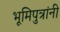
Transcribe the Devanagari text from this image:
भूमिपुत्रांनी